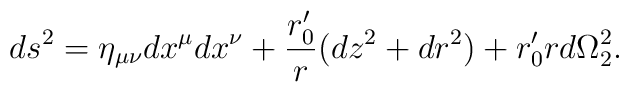
ds^2=\eta_{\mu\nu}dx^\mu dx^\nu+\frac{r_0'}{r}(dz^2+dr^2)+r_0'rd\Omega_2^2.